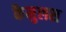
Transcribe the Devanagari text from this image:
कैमुलस